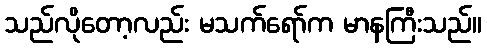
သည်လိုတော့လည်း မသက်ရော်က မာနကြီးသည်။